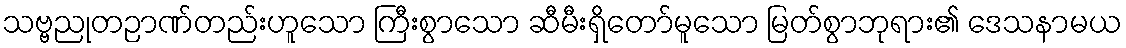
သဗ္ဗညုတဉာဏ်တည်းဟူသော ကြီးစွာသော ဆီမီးရှိတော်မူသော မြတ်စွာဘုရား၏ ဒေသနာမယ